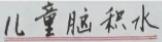
儿童脑积水